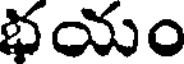
భయం